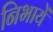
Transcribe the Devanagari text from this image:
निभायें